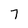
Character: 7